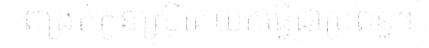
ពង្រត់កូនស្រីគេយកធ្វើជាប្រពន្ធ។